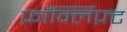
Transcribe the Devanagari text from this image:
फ़ॉर्क्लिफ़्ट